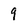
Character: 9